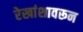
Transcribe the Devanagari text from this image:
रेखांशावरून